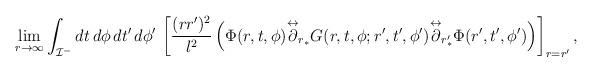
LaTeX: \begin{align*}\lim_{r\to\infty}\int_{{\cal I}^-} dt\, d\phi\, dt'\, d\phi'\,\left[\frac{(rr')^2}{l^2}\left(\Phi(r,t,\phi){\buildrel \leftrightarrow \over \partial_{r_{\ast}}}G(r,t,\phi; r',t',\phi'){\buildrel \leftrightarrow \over \partial_{r'_{\ast}}}\Phi(r',t',\phi')\right)\right]_{r=r'}, \end{align*}